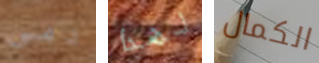
دمي لهذا الكمال